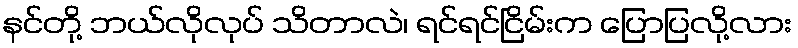
နင်တို့ ဘယ်လိုလုပ် သိတာလဲ၊ ရင်ရင်ငြိမ်းက ပြောပြလို့လား